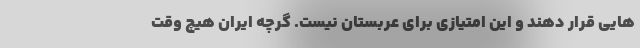
هایی قرار دهند و این امتیازی برای عربستان نیست. گرچه ایران هیچ وقت